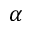
\alpha